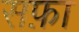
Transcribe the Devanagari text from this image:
सफ़ा